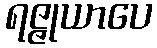
ရဇ္ဇုယာပေ